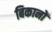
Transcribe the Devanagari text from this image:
बिकानों